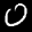
Label: 0